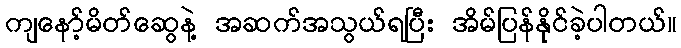
ကျနော့်မိတ်ဆွေနဲ့ အဆက်အသွယ်ရပြီး အိမ်ပြန်နိုင်ခဲ့ပါတယ်။